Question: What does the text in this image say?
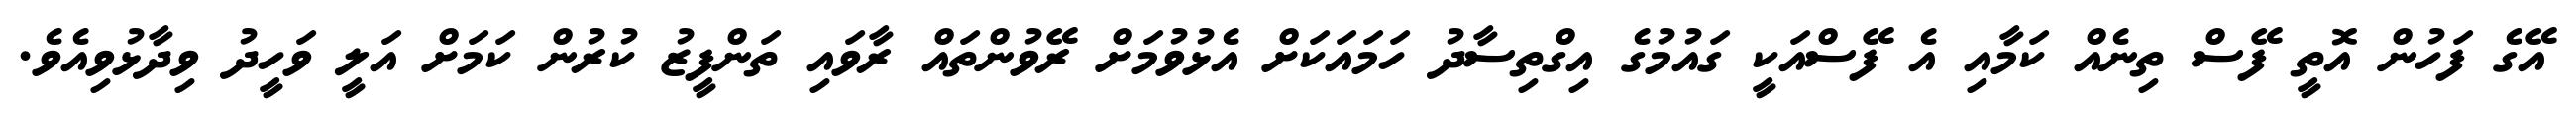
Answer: އޭގެ ފަހުން އޮތީ ފޭސް ތިނެއް ކަމާއި އެ ފޭސްއަކީ ގައުމުގެ އިގްތިސާދު ހަމައަކަށް އެޅުވުމަށް ރޭވުންތައް ރާވައި ތަންފީޒު ކުރުން ކަމަށް އަލީ ވަހީދު ވިދާޅުވިއެވެ.